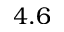
4 . 6